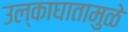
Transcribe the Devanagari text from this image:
उल्काघातामुळे